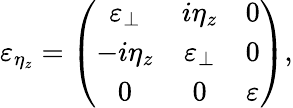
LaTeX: {\varepsilon}_{\eta_{z}}=\left(\begin{array}{ccc}{\varepsilon_{\perp}}&{i\eta_{z}}&{0}\\ {-i\eta_{z}}&{\varepsilon_{\perp}}&{0}\\ {0}&{0}&{\varepsilon}\end{array}\right),